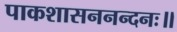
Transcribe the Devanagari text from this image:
पाकशासननन्दनः॥